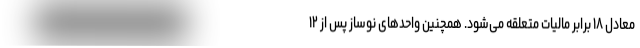
معادل ۱۸ برابر مالیات متعلقه می‌شود. همچنین واحدهای نوساز پس از ۱۲